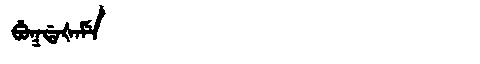
Manchu: ᠪᡠᡴᡩᠠᡧᠠᠮᡝ
Romanization: BUKDAŠAME